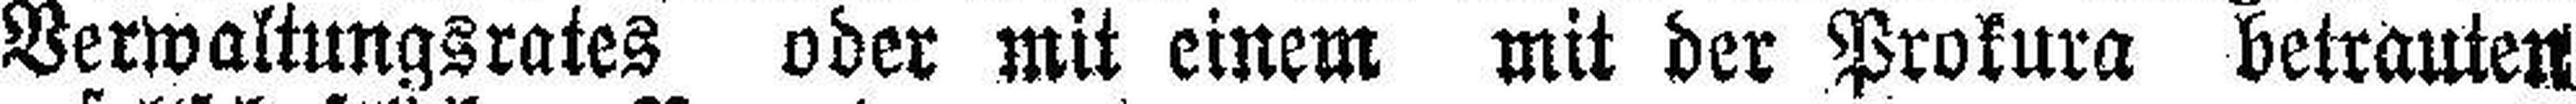
Verwaltungsrates oder mit einem mit der Prokura betrauten